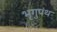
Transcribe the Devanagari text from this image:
भृगुपंथ